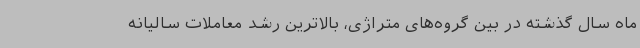
ماه سال گذشته در بین گروه‌های متراژی، بالاترین رشد معاملات سالیانه